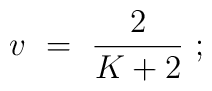
v{}~={}~{2\over{K+2}}{}~;